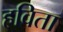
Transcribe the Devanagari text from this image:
हविता